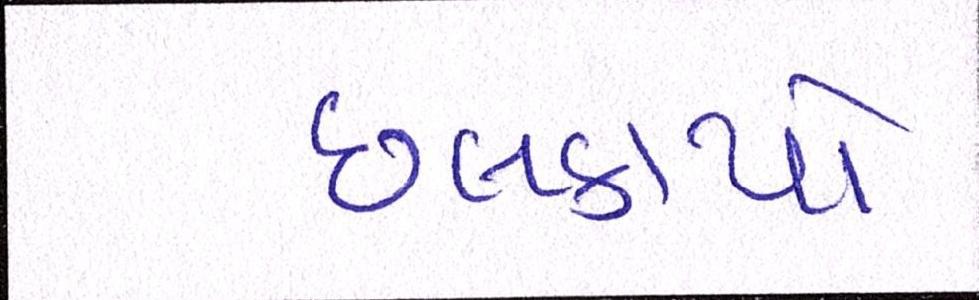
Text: છલકાયો